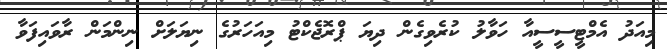
މިއަދު އެމްޓީސީސީއާ ހަވާލު ކުރެވިގެން ދިޔަ ޕްރޮޖެކްޓު މިއަހަރުގެ ނިޔަލަށް ނިންމަން ރާވައިފަވާ